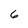
Character: 6